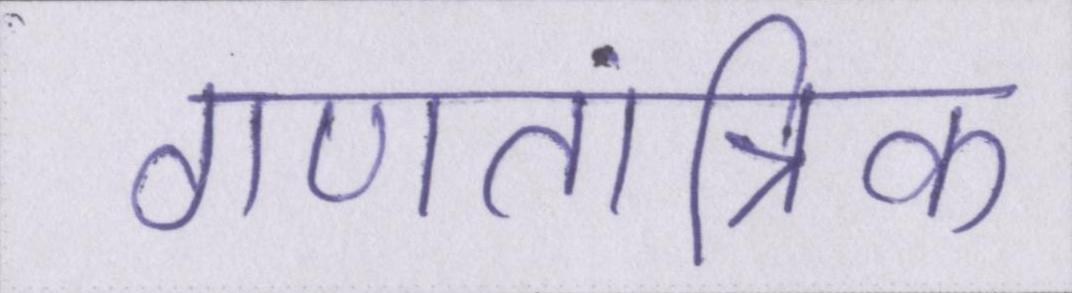
गणतांत्रिक